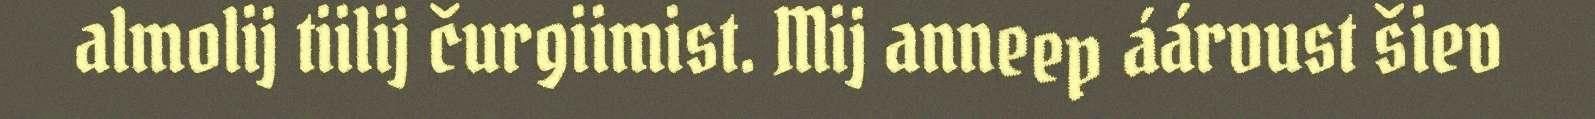
almolij tiilij čurgiimist. Mij anneep áárvust šiev